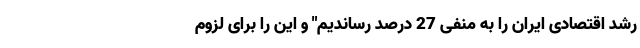
رشد اقتصادی ایران را به منفی 27 درصد رساندیم" و این را برای لزوم